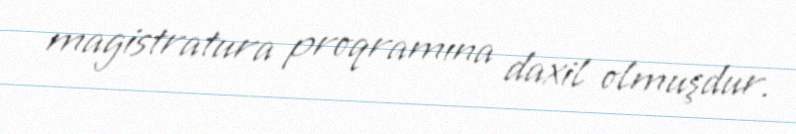
magistratura proqramına daxil olmuşdur.